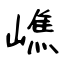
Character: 嶕